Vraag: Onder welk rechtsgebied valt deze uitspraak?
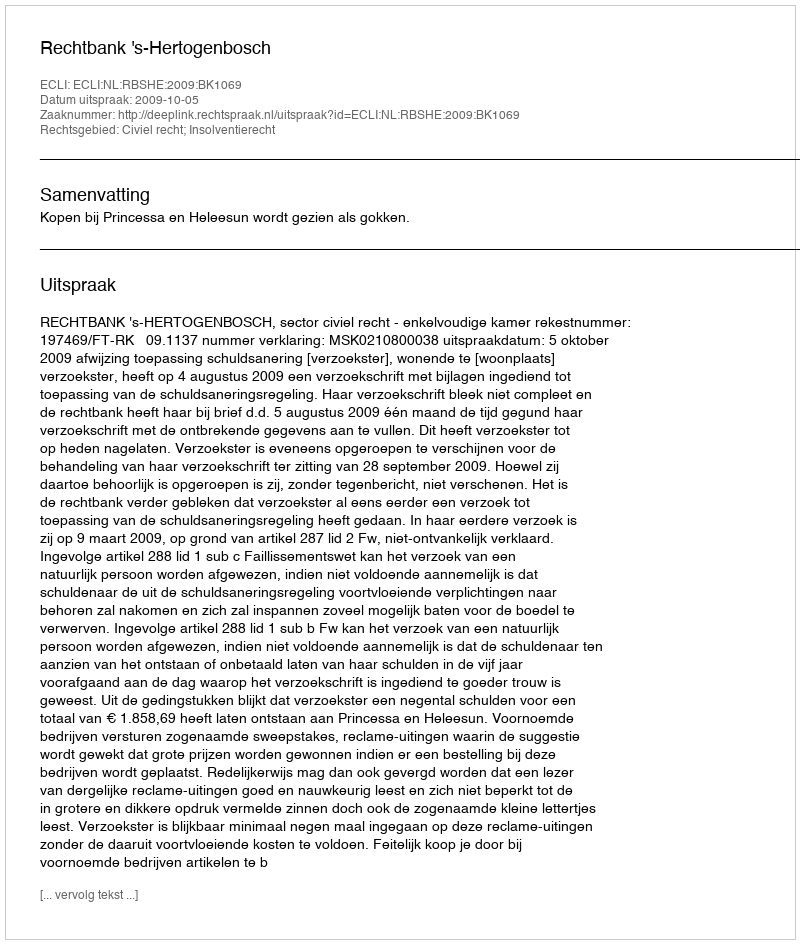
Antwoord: Civiel recht; Insolventierecht